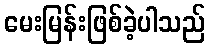
မေးမြန်းဖြစ်ခဲ့ပါသည်